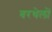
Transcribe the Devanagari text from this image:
बरथेलों